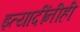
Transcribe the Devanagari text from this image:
इत्यादींनीही